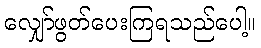
လျှော်ဖွတ်ပေးကြရသည်ပေါ့။